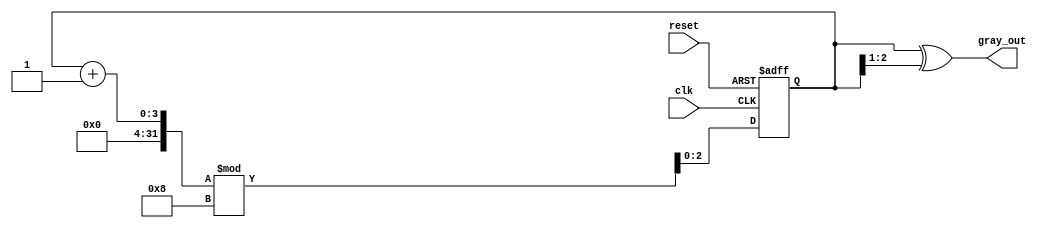
module gray_code_counter (
    input wire clk,          // Clock signal
    input wire reset,        // Asynchronous reset signal
    output reg [2:0] gray_out // 3-bit Gray Code output
);
    reg [2:0] binary_count; // 3-bit binary counter

    // Binary to Gray Code conversion function
    function [2:0] binary_to_gray;
        input [2:0] binary;
        begin
            binary_to_gray = binary ^ (binary >> 1);
        end
    endfunction

    // Asynchronous reset and counting logic
    always @(posedge clk or posedge reset) begin
        if (reset) begin
            binary_count <= 3'b000; // Reset binary counter to 0
        end else begin
            binary_count <= (binary_count + 1) % 8; // Increment and wrap around
        end
    end

    // Update Gray Code output on every clock edge
    always @(binary_count) begin
        gray_out <= binary_to_gray(binary_count); // Convert binary to Gray Code
    end

endmodule